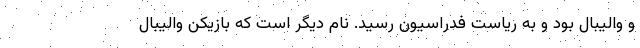
و والیبال بود و به ریاست فدراسیون رسید. نام دیگر است که بازیکن والیبال